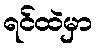
ရင်ထဲမှာ